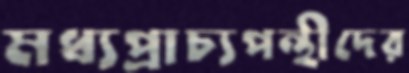
মধ্যপ্রাচ্যপন্থীদের